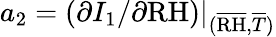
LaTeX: a_{2}=(\partial I_{1}/\partial\mathrm{RH})\vert_{(\overline{{\mathrm{RH}}},\overline{{T}})}